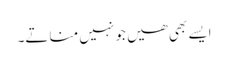
ایسے بھی ھیں جو نہیں مناتے۔